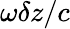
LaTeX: \omega\delta z/c